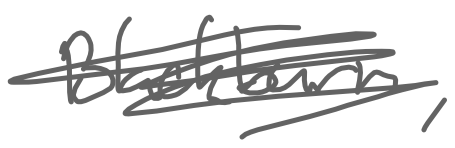
Text: Blackburn,
Cross-out: scratch
Writing tool: digital_gray